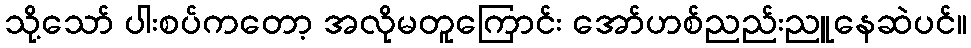
သို့သော် ပါးစပ်ကတော့ အလိုမတူကြောင်း အော်ဟစ်ညည်းညူနေဆဲပင်။